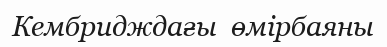
Кембридждағы  өмірбаяны